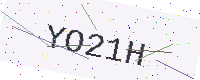
Text: YO21H